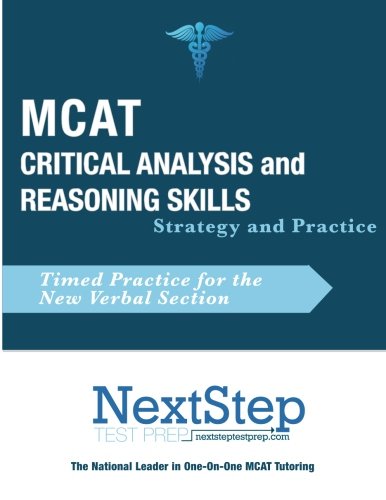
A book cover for MCAT Critical Analysis and Reasoning Skills: Strategy and Practice: Timed Practice for the New MCAT Verbal Section; Bryan Schnedeker; Test Preparation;